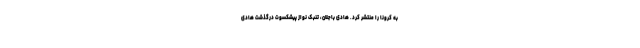
به کرونا را منتشر کرد. هادی باجلان،‌ تنبک ‌‌نواز پیشکسوت درگذشت هادی